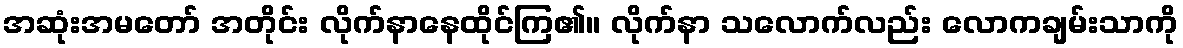
အဆုံးအမတော် အတိုင်း လိုက်နာနေထိုင်ကြ၏။ လိုက်နာ သလောက်လည်း လောကချမ်းသာကို